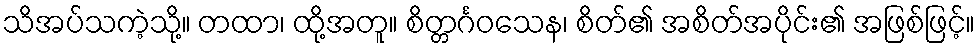
သိအပ်သကဲ့သို့။ တထာ၊ ထို့အတူ။ စိတ္တင်္ဂဝသေန၊ စိတ်၏ အစိတ်အပိုင်း၏ အဖြစ်ဖြင့်။